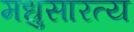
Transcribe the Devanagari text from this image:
मधुसारत्य